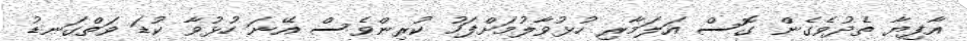
އާފިޔާ ތެދުވެގެން ގޮސް އަލަމާރި ހުޅުވާލުމަށްފަހު ކުރިންވެސް އޭނަ ހުޅުވާ ކުޑަ ވަތްގަނޑު